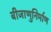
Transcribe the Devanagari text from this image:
बीजाणुनिर्माण